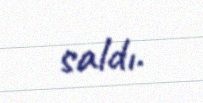
saldı.